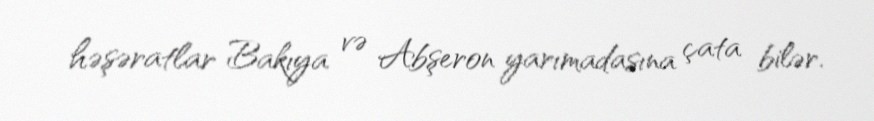
həşəratlar Bakıya və Abşeron yarımadasına çata bilər.